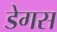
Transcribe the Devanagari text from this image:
डेगस